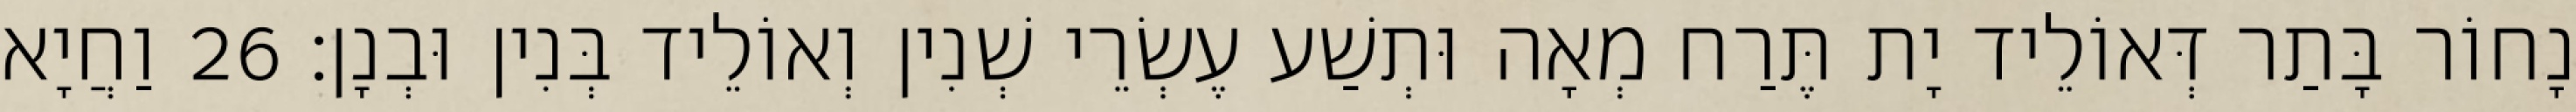
נָחוֹר בָּתַר דְּאוֹלֵיד יָת תֶּרַח מְאָה וּתְשַׁע עֶשְׂרֵי שְׁנִין וְאוֹלֵיד בְּנִין וּבְנָן׃ 26 וַחֲיָא